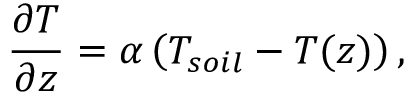
\frac { \partial T } { \partial z } = \alpha \left( T _ { s o i l } - T ( z ) \right) ,